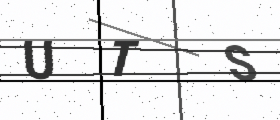
Text: UTS